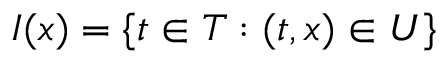
I ( x ) = \{ t \in T : ( t , x ) \in U \}